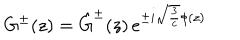
G ^ { \pm } ( z ) = \hat { G } ^ { \pm } ( z ) \, e ^ { \pm i { \sqrt { { \frac { 3 } { c } } } } \phi ( z ) }